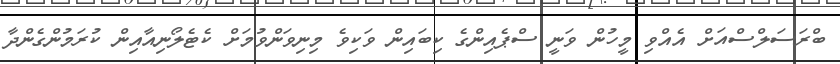
ބްރަސަލްސްއަށް އެއްވި މީހުން ވަނީ ސްޕެއިންގެ ކިބައިން ވަކިވެ މިނިވަންވުމަށް ކެޓެލޯނިއާއިން ކުރަމުންގެންދާ